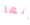
إنها